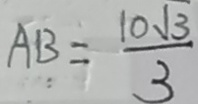
A B = \frac { 1 0 \sqrt { 3 } } { 3 }